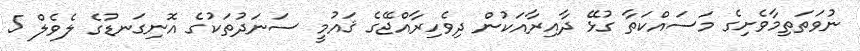
ނުވަތަތިމާވެށިގެ މަސައްކަތާ ގުޅޭ ދާއިރާއަކުން ދިވެހިރާއްޖޭގެ ޤައުމީ ސަނަދުތަކުގެ އޮނިގަނޑުގެ ލެވެލް 5